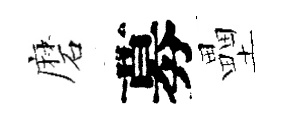
磨募壘